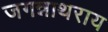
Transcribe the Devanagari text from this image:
जगन्नाथराय